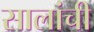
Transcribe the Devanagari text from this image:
सालांची